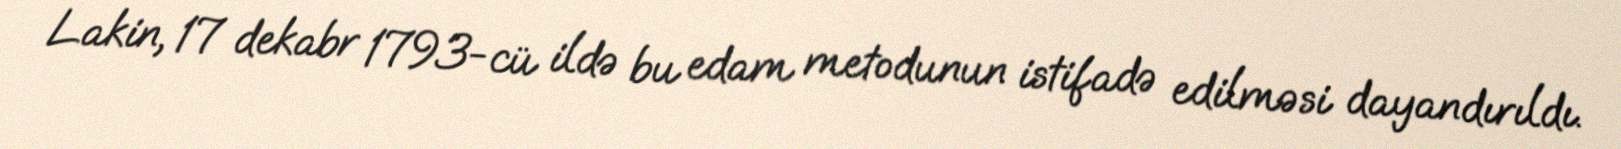
Lakin, 17 dekabr 1793-cü ildə bu edam metodunun istifadə edilməsi dayandırıldı.